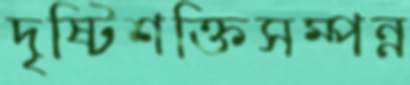
দৃষ্টিশক্তিসম্পন্ন